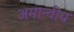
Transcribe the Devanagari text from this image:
अमान्वीय